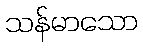
သန်မာသော